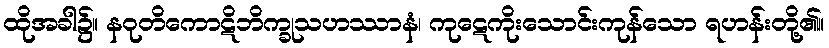
ထိုအခါ၌။ နဝုတိကောဋိဘိက္ခုသဟဿာနံ၊ ကုဋေကိုးသောင်းကုန်သော ရဟန်းတို့၏။